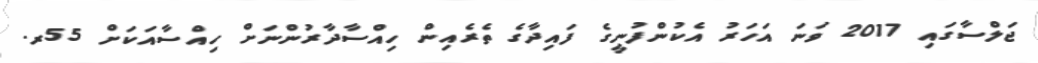
ޖަލްސާގައި 2017 ވަނަ އަހަރު އެކުންފުނީގެ ފައިދާގެ ތެރެއިން ހިއްސާދާރުންނަށް ހިއްސާއަކަށް 55ރ.